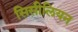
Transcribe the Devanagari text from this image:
सिसीलियन